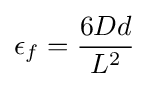
\epsilon _{f}={\frac {6Dd}{L^{2}}}